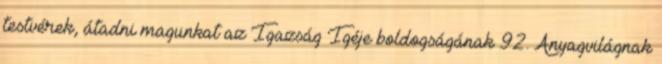
testvérek, átadni magunkat az Igazság Igéje boldogságának 92. Anyagvilágnak